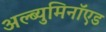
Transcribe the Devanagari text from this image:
अल्ब्युमिनॉएड